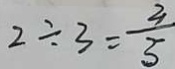
2 \div 3 = \frac { 2 } { 3 }